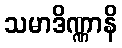
သမာဒိဏ္ဏာနိ